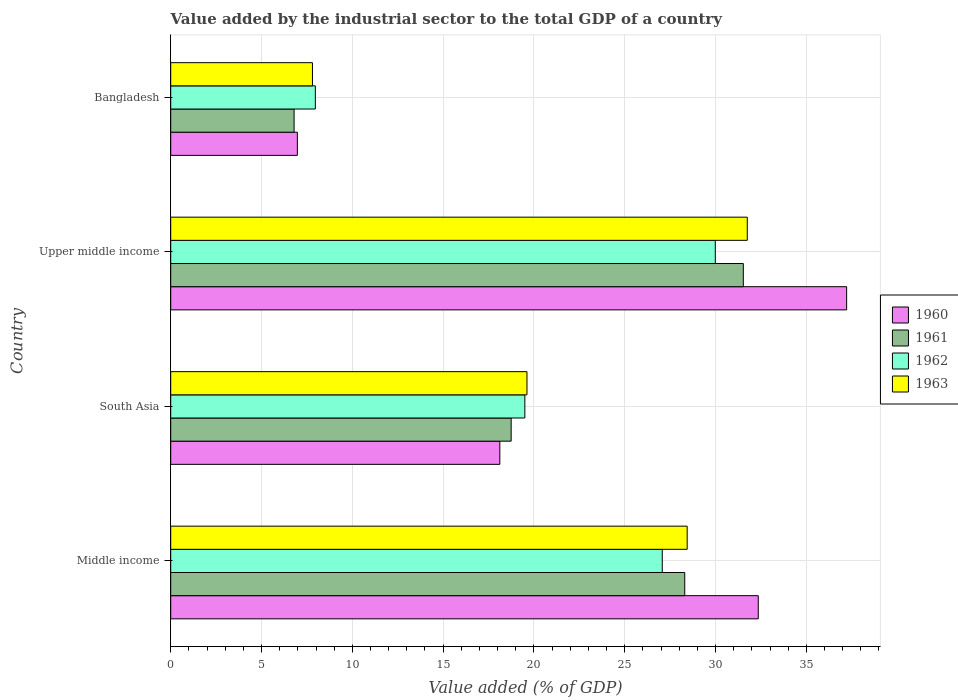
| Country | 1960 | 1961 | 1962 | 1963 |
 | --- | --- | --- | --- | --- |
 | Middle income | 32.4 | 28.3 | 27.1 | 28.4 |
 | South Asia | 18.1 | 18.7 | 19.5 | 19.6 |
 | Upper middle income | 37.2 | 31.5 | 30 | 31.7 |
 | Bangladesh | 6.97 | 6.79 | 7.96 | 7.8 |